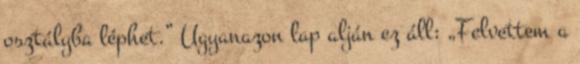
osztályba léphet.” Ugyanazon lap alján ez áll: „Felvettem a